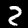
Label: 2